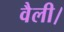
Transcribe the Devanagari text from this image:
वैली।